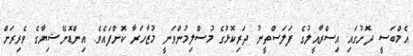
އެމްބަސީ ދޮށުގައި އިސްރާއީލުގެ ފަލަސްތީނު ދަރިކޮޅުގެ މުސްލިމުންވަނީ މުޒާހަރާ ކޮށްފައެވެ. އިންޑޮނޭޝިޔާގެ ވެރިރަށް